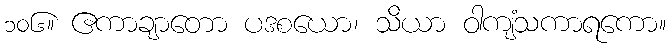
၁၀၆။ ဧကာချာတော ပဒစယော၊ သိယာ ဝါကျံသကာရကော။